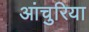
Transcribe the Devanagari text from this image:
आंचुरिया